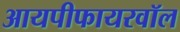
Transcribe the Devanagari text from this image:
आयपीफायरवॉल